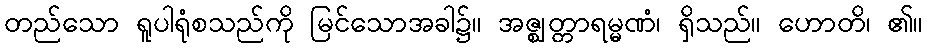
တည်သော ရူပါရုံစသည်ကို မြင်သောအခါ၌။ အဇ္ဈတ္တာရမ္မဏံ၊ ရှိသည်။ ဟောတိ၊ ၏။